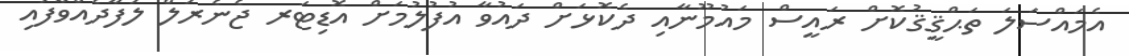
އެމައްސަލަ ތަޙްޤީޤުކޮށް ރައީސް މައުމޫނާއި ދެކޮޅަށް ދައުވާ އުފުލުމަށް އޮޑިޓަރ ޖެނެރަލް ލަފާދެއްވާފައި